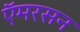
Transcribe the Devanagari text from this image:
ऍमरसन